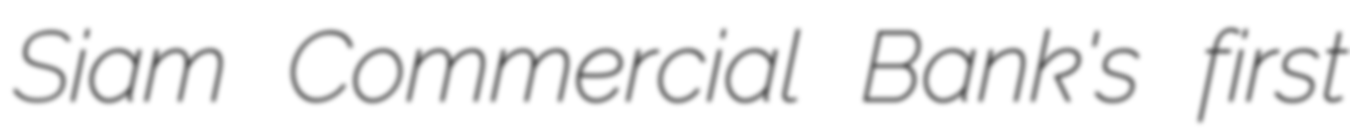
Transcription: Siam Commercial Bank's first